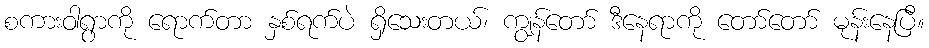
စကားဝါရွာကို ရောက်တာ နှစ်ရက်ပဲ ရှိသေးတယ်၊ ကျွန်တော် ဒီနေရာကို တော်တော် မုန်းနေပြီ။